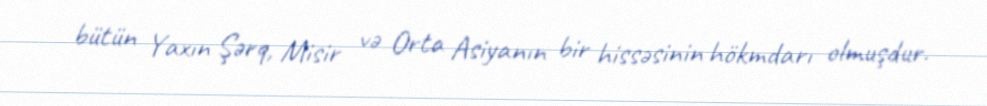
bütün Yaxın Şərq, Misir və Orta Asiyanın bir hissəsinin hökmdarı olmuşdur.